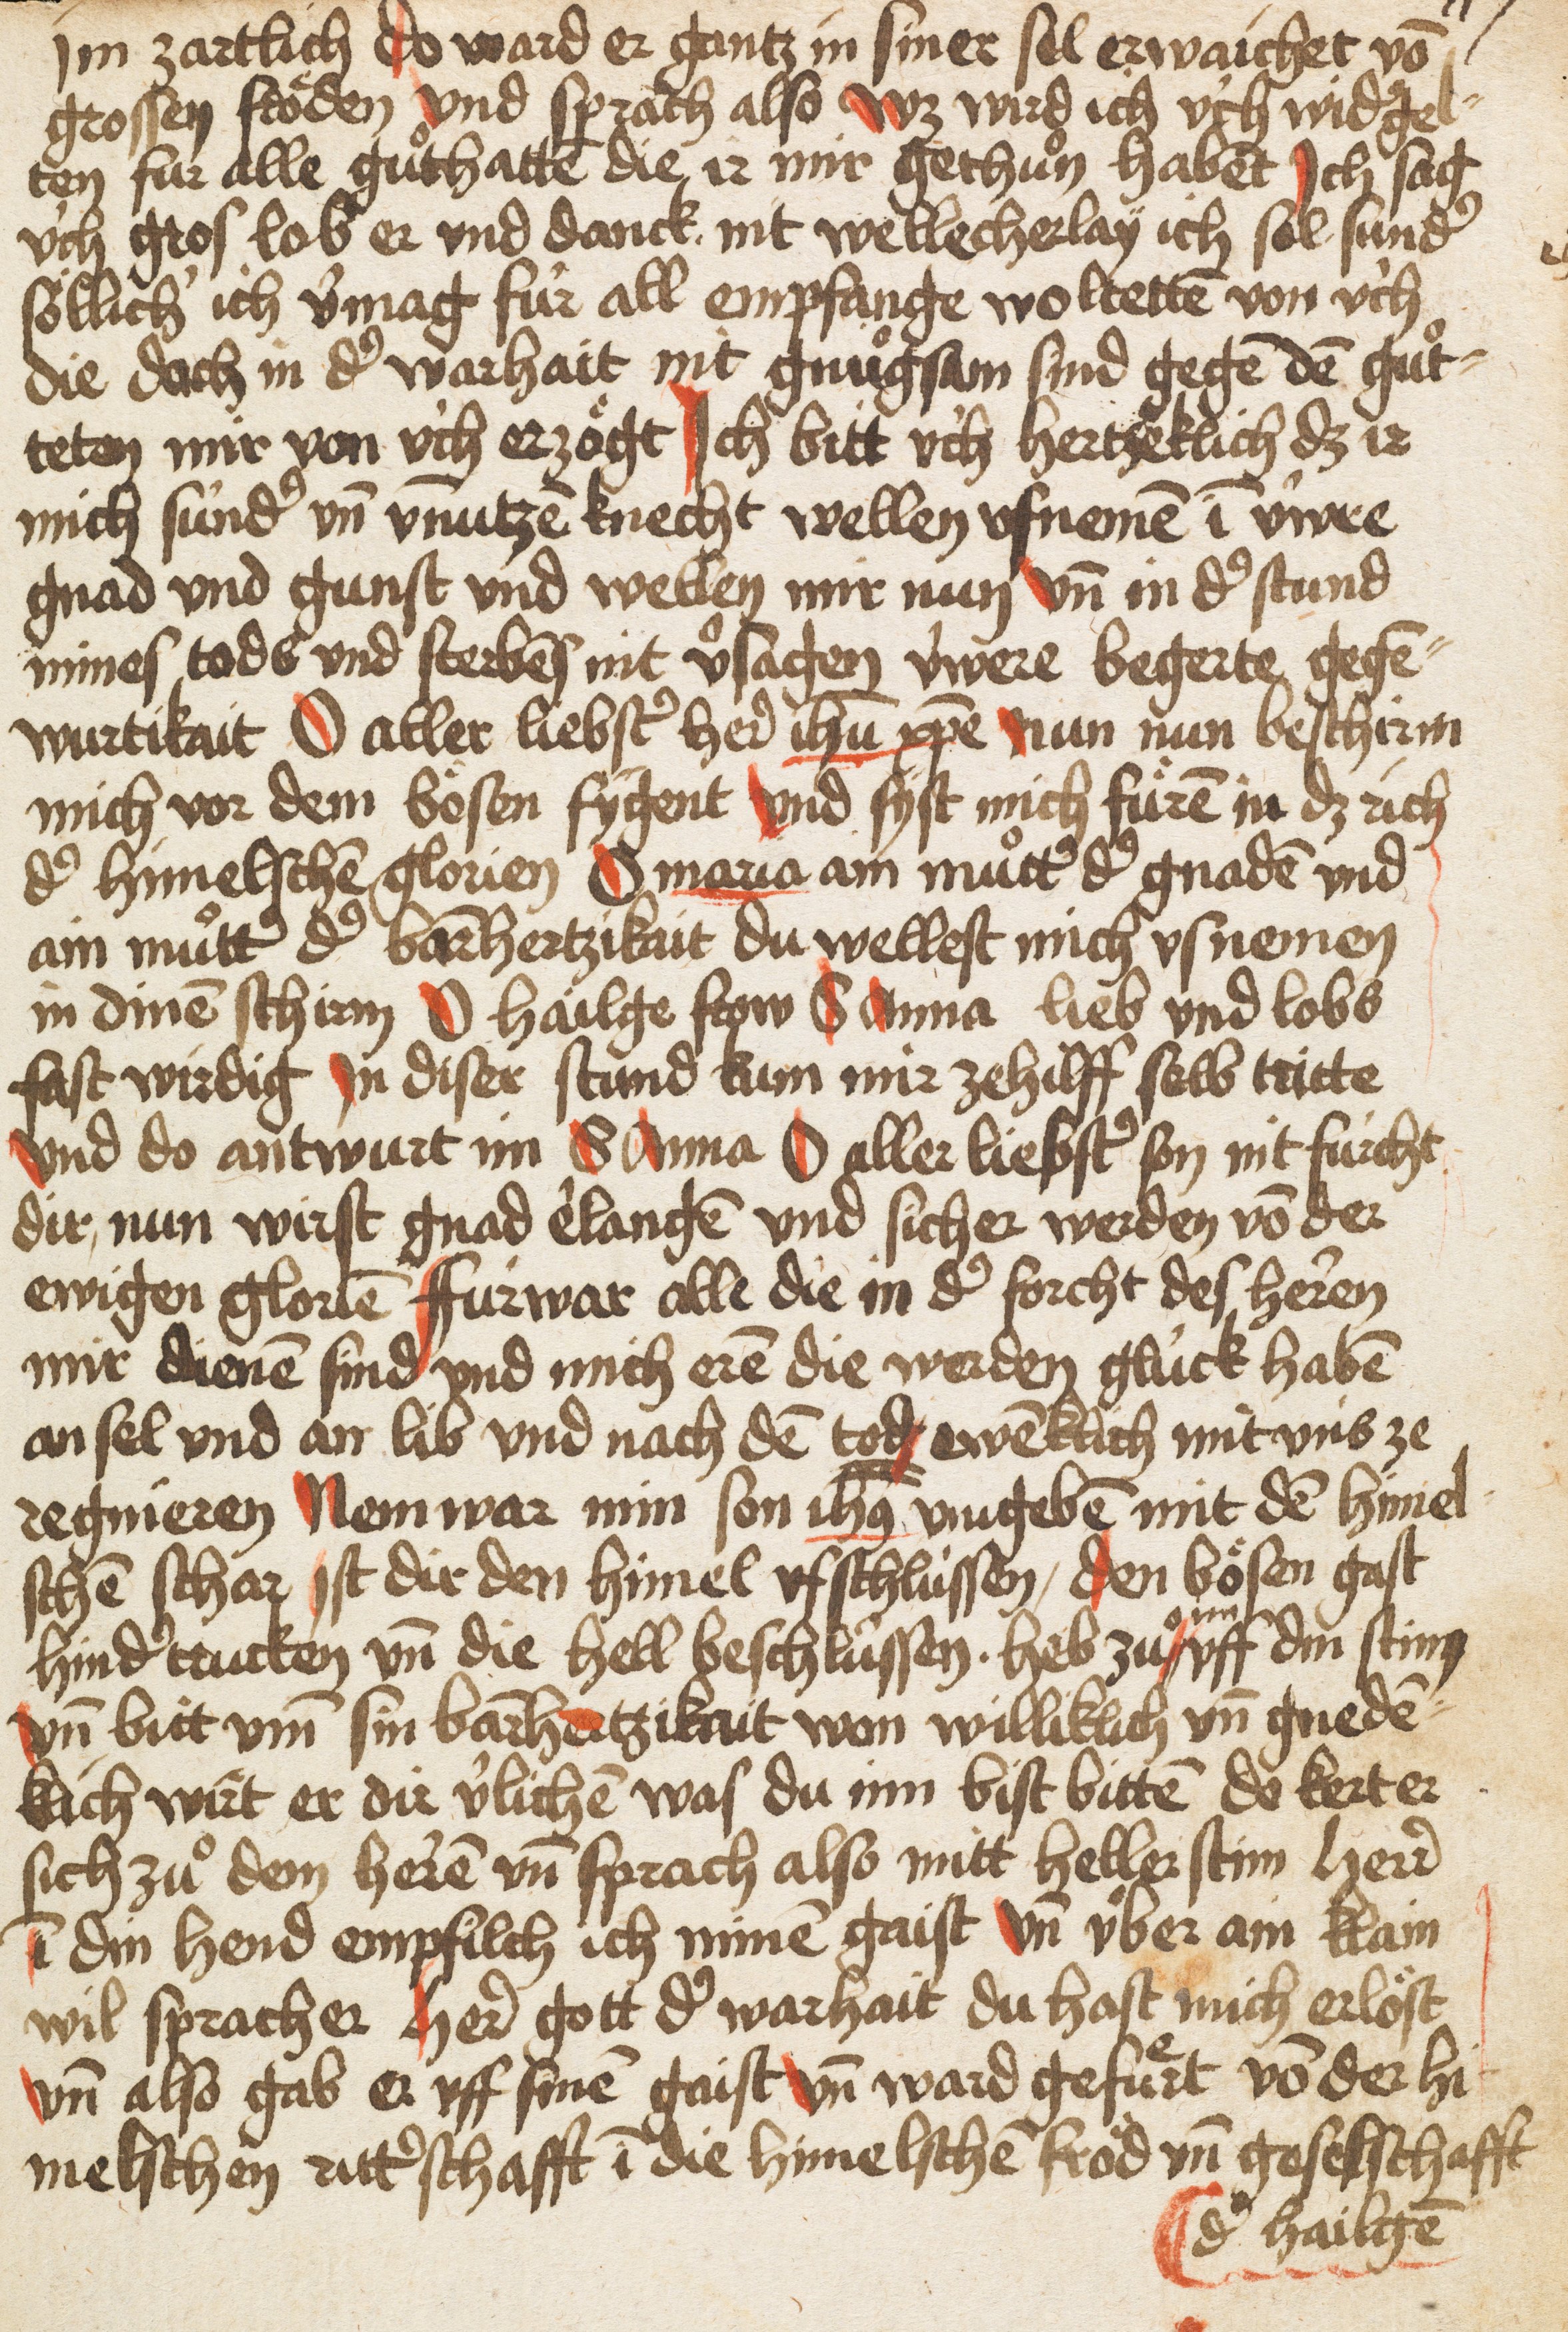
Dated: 1505–1505